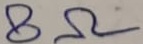
Text: 8Ω